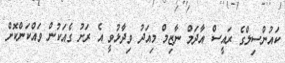
ކައުންސިލްގެ ރައީސް އާދަމް ނާޒިމް މިއަދު ވިދާޅުވީ އެ ރަށު ގެއަކުން ވައްކަންކޮށް